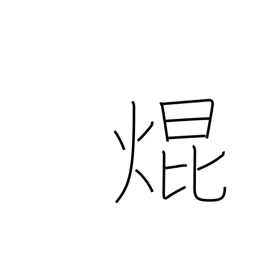
Meaning: shine